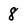
Character: 8